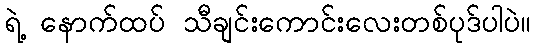
ရဲ့ နောက်ထပ် သီချင်းကောင်းလေးတစ်ပုဒ်ပါပဲ။